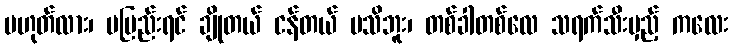
မဟုတ်လား၊ မမြည်းရင် ချိုတယ် ငန်တယ် မသိဘူး၊ တစ်ခါတစ်လေ သရက်သီးမှည့် ကလေး